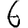
Digit: 6